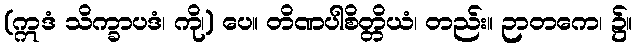
(ဣဒံ သိက္ခာပဒံ၊ ကို၊) ပေ။ တိဏပါစိတ္တိယံ၊ တည်း။ ဉာတကေ၊ ၌။